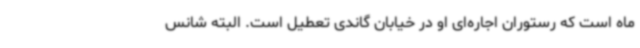
ماه است که رستوران اجاره‌ای او در خیابان گاندی تعطیل است. البته شانس